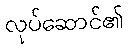
လုပ်ဆောင်၏